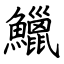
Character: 鱲